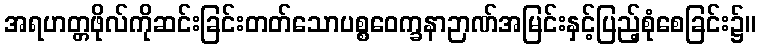
အရဟတ္တဖိုလ်ကိုဆင်းခြင်းတတ်သောပစ္စဝေက္ခနာဉာဏ်အမြင်းနှင့်ပြည့်စုံစေခြင်း၌။